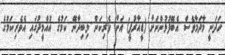
ހަދަނީ މާދަމާވެސް އެބޭފުޅުންނަށް (ޑީއާރުޕީ) އަށް ވެރިކަން ލިބިދާނޭ ކަމުގެ އުއްމީދުގައި އެވެރިކަމުގެ